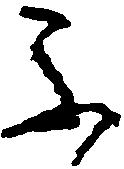
不